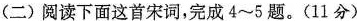
(二)阅读下面这首宋词，完成4~5题。(11分)